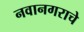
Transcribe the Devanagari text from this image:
नवानगराचे